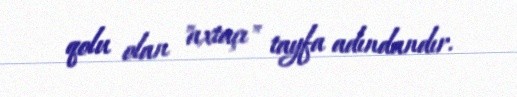
qolu olan "axtaçı" tayfa adındandır.